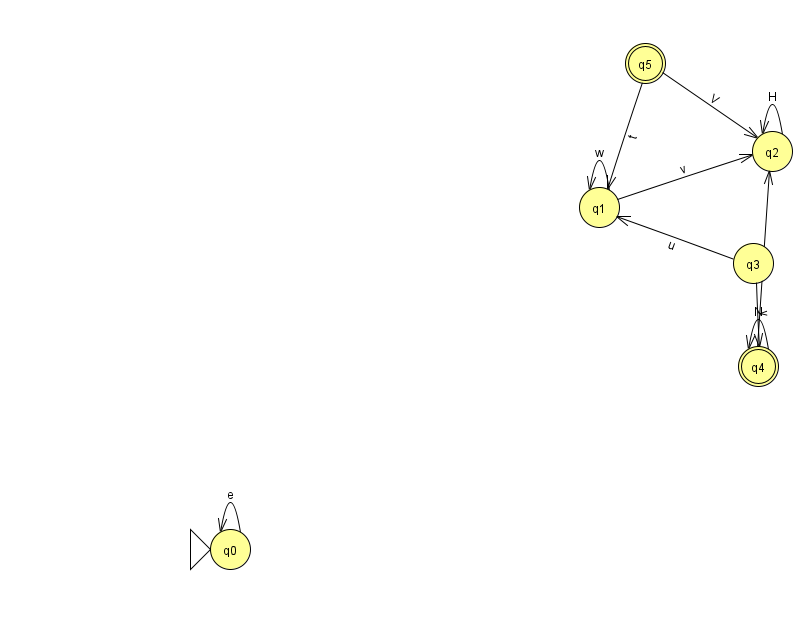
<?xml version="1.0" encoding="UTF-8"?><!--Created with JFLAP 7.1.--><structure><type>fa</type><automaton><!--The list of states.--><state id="0" name="q0"><x>230.0</x><y>536.0</y><initial/></state><state id="1" name="q1"><x>599.0</x><y>194.0</y></state><state id="2" name="q2"><x>772.0</x><y>138.0</y></state><state id="3" name="q3"><x>753.0</x><y>250.0</y></state><state id="4" name="q4"><x>758.0</x><y>353.0</y><final/></state><state id="5" name="q5"><x>645.0</x><y>50.0</y><final/></state><!--The list of transitions.--><transition><from>1</from><to>2</to><read>v</read></transition><transition><from>0</from><to>0</to><read>e</read></transition><transition><from>4</from><to>2</to><read>i</read></transition><transition><from>1</from><to>1</to><read>w</read></transition><transition><from>2</from><to>2</to><read>H</read></transition><transition><from>3</from><to>4</to><read>y</read></transition><transition><from>5</from><to>2</to><read>V</read></transition><transition><from>5</from><to>1</to><read>t</read></transition><transition><from>3</from><to>1</to><read>u</read></transition><transition><from>4</from><to>4</to><read>N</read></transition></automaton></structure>